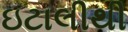
ઇટાલીથી